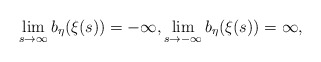
\begin{align*} \lim_{s\to \infty}b_\eta(\xi(s))=-\infty, \lim_{s\to -\infty}b_\eta(\xi(s))=\infty, \end{align*}